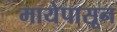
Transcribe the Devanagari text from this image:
मायेपासून